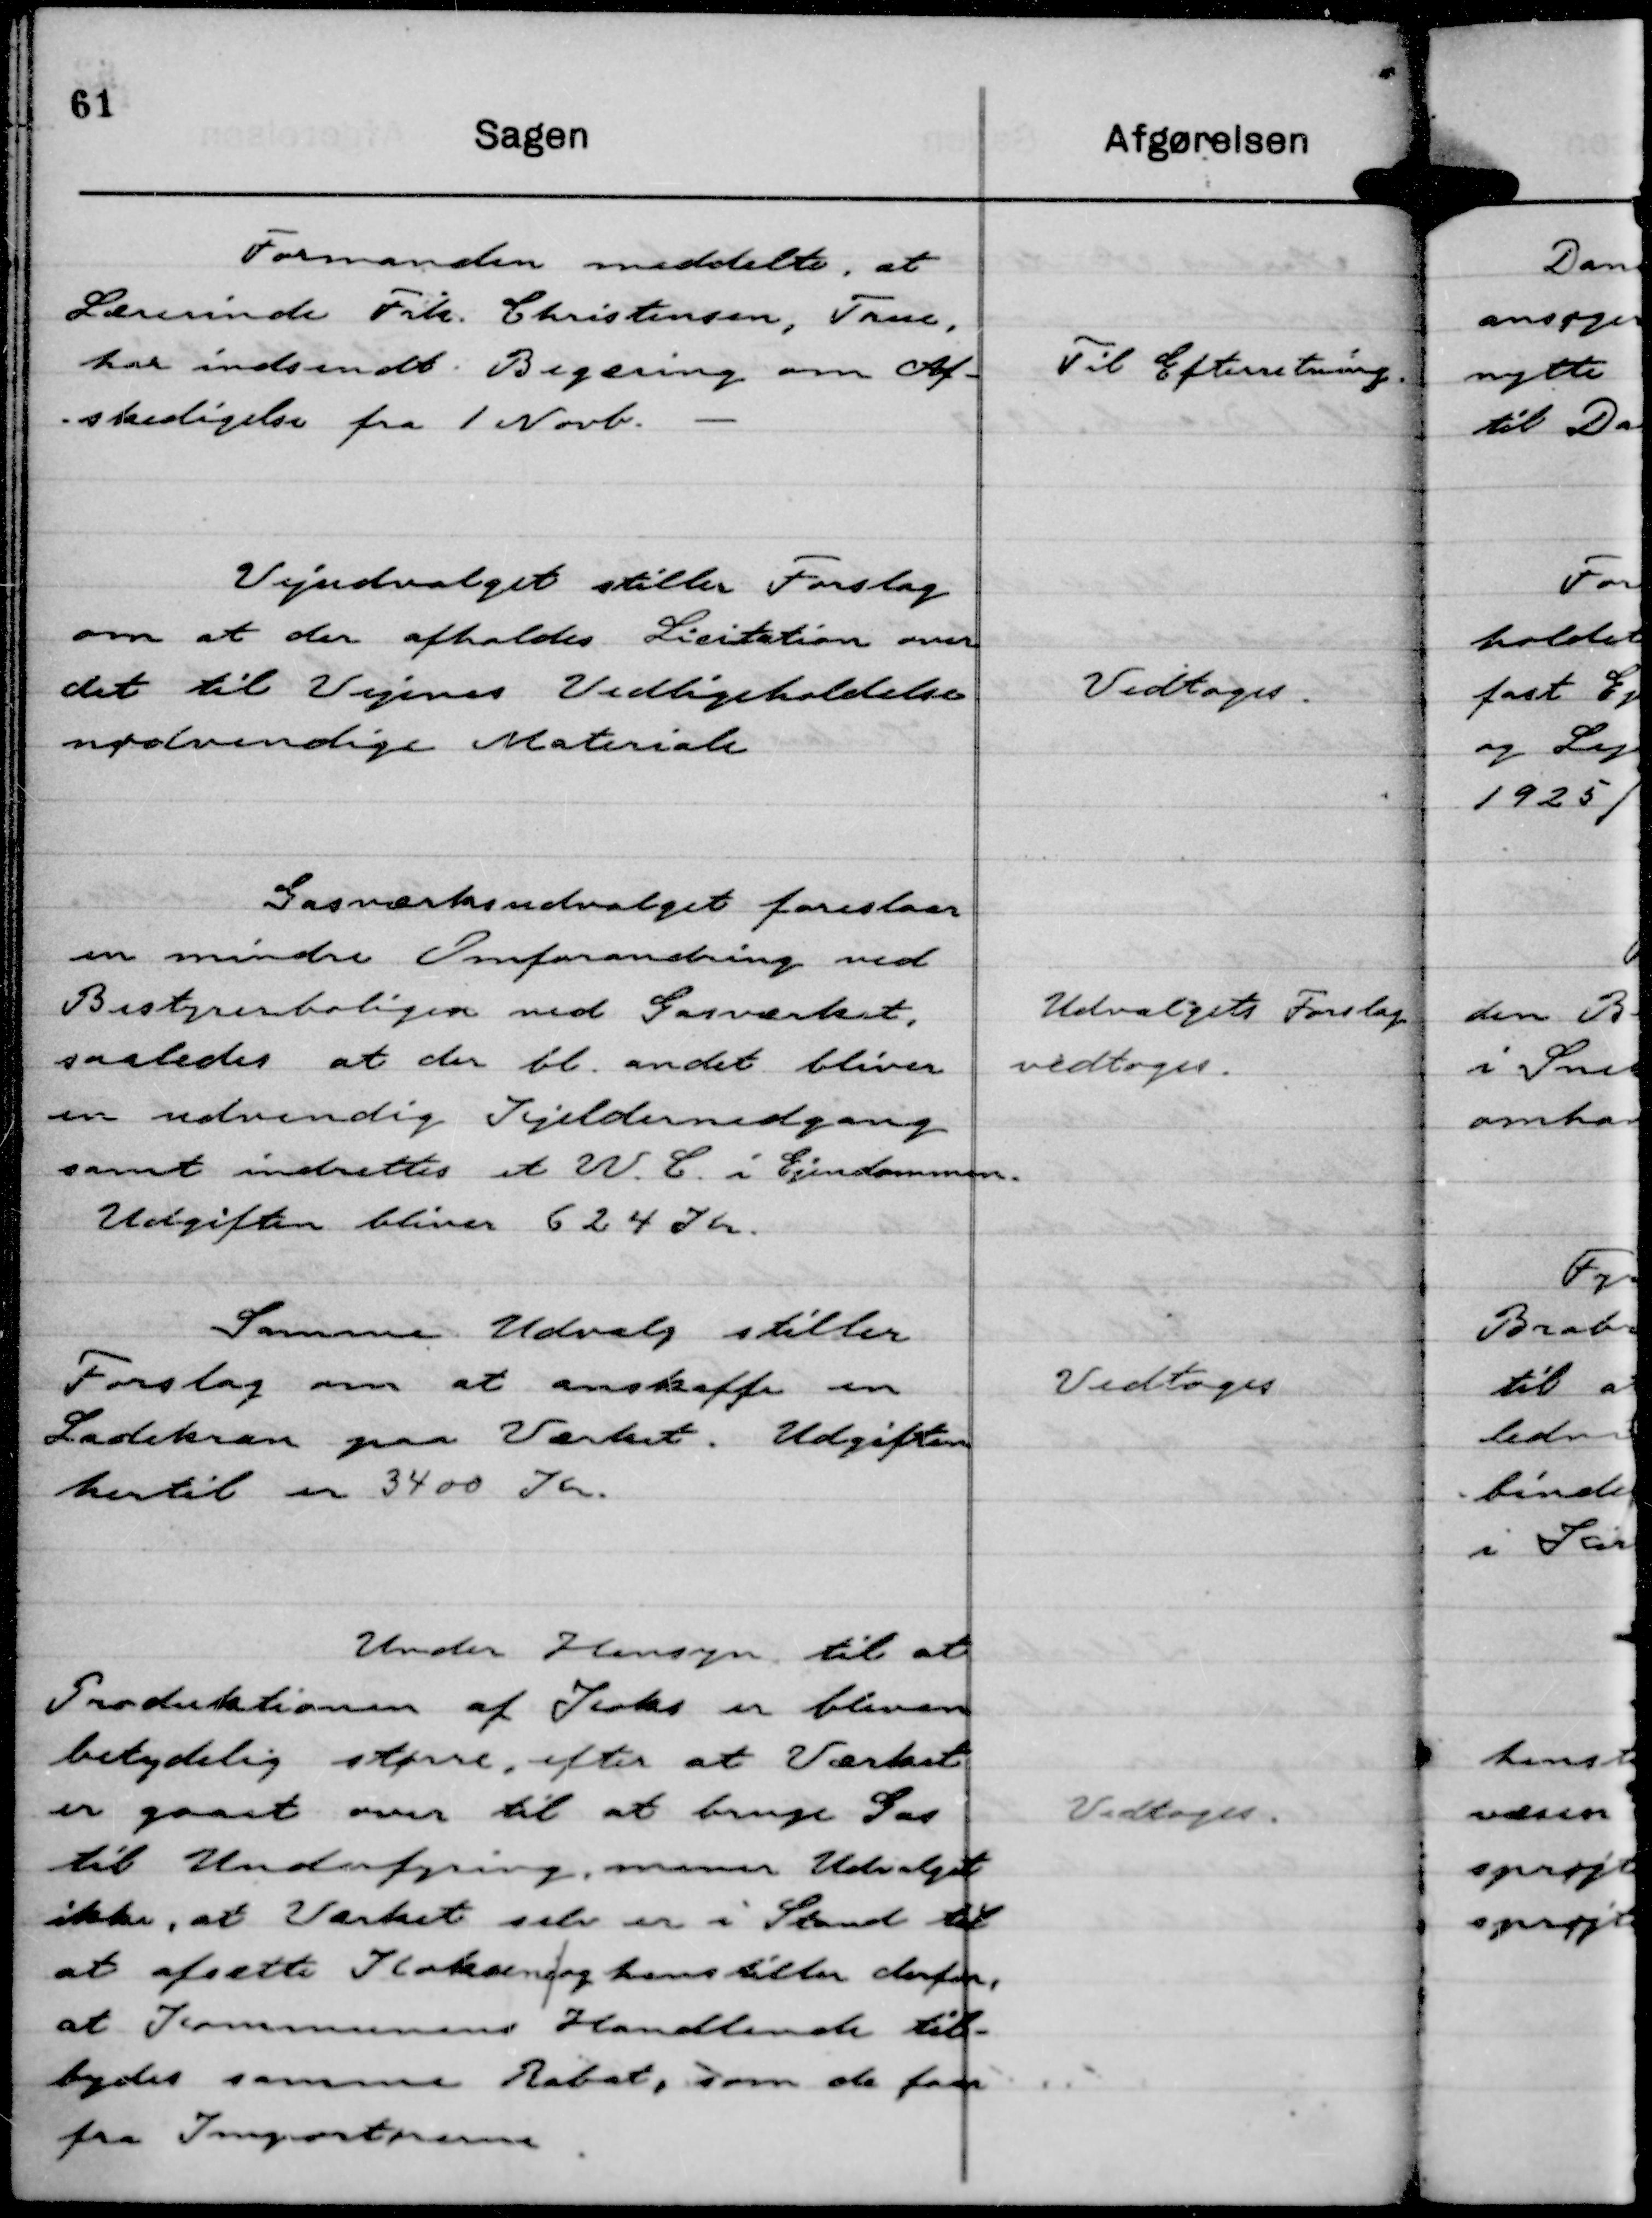
Transskription:
Formanden meddelte, at
Lærerinde Frk. Christensen, True,
har indsendt Begæring om Af-
skedigelse fra 1 Novb.

Til Efterretning.

Vejudvalget stiller Forslag
om at der afholdes Licitation over
det til Vejenes Vedligeholdelse
nødvendige Materiale

Vedtoges.

Gasværksudvalget foreslaar
en mindre Omforandring ved
Bestyrerboligen ved Gasværket,
saaledes at der bl. andet bliver
en udvendig Kjeldernedgang
samt indrettes et W. C. i Ejendommen.
Udgiften bliver 624 Kr.

Udvalgets Forslag
vedtoges.

Samme Udvalg stiller
Forslag om at anskaffe en
Ladekran paa Værket. Udgiften
hertil er 3400 Kr.

Vedtoges

Under Hensyn til at
Produktionen af Koks er bleven
betydelig større, efter at Værket
er gaaet over til at bruge Gas
til Underfyring, mener Udvalget
ikke, at Værket selv er i Stand til
at afsætte Koksene/og henstiller derfor,
at Kommunens Handlende til-
bydes samme Rabat, som de faar
fra Importørerne.

Vedtoges.